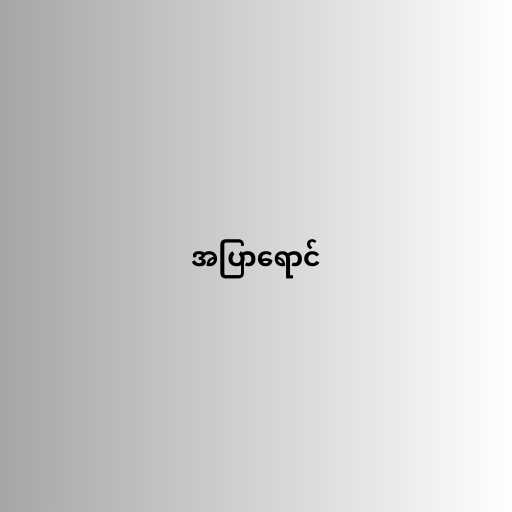
အပြာရောင်